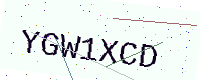
Text: YGW1XCD